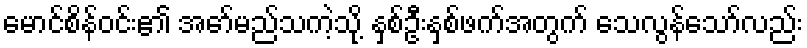
မောင်စိန်ဝင်း၏ အော်မည်သကဲ့သို့ နှစ်ဦးနှစ်ဖက်အတွက် သေလွန်သော်လည်း